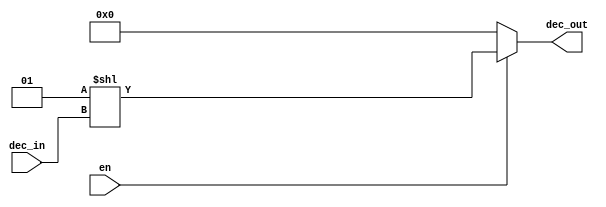

`timescale 1ns/1ns

module Decoder5_32 (
    input en,
    input [4:0] dec_in, 
    output [31:0] dec_out
);

    assign dec_out = en?(1<<dec_in):0;
endmodule